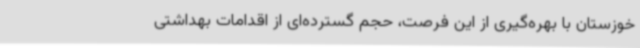
خوزستان با بهره‌گیری از این فرصت، حجم گسترده‌ای از اقدامات بهداشتی